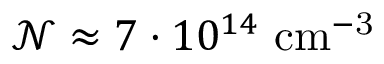
\mathcal { N } \approx 7 \cdot 1 0 ^ { 1 4 } \mathrm { ~ c m ^ { - 3 } }